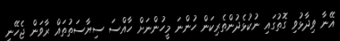
އޭނާ ވިދާޅުވި ގޮތުގައި ނުކުޅެދުންތެރިކަން ހުންނަ މީހުންނަށް ހާއްސަ ސިޔާސަތުތައް ރާވަން ޖެހޭނީ